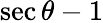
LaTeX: \sec\theta-1